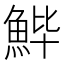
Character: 𱆬